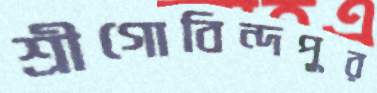
শ্রীগোবিন্দপুর